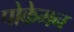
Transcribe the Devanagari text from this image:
पोकेमन